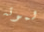
لموته